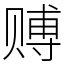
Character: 赙